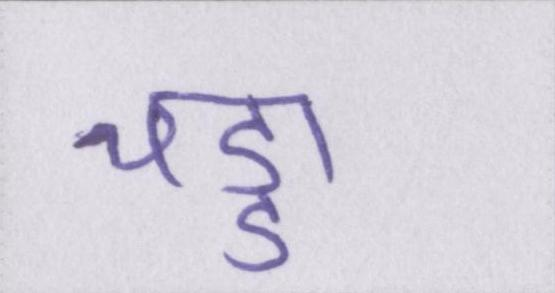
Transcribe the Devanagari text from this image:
चड्डा